Insane asylums Bombay 1873-77 - 1873-1877
Year: 1873
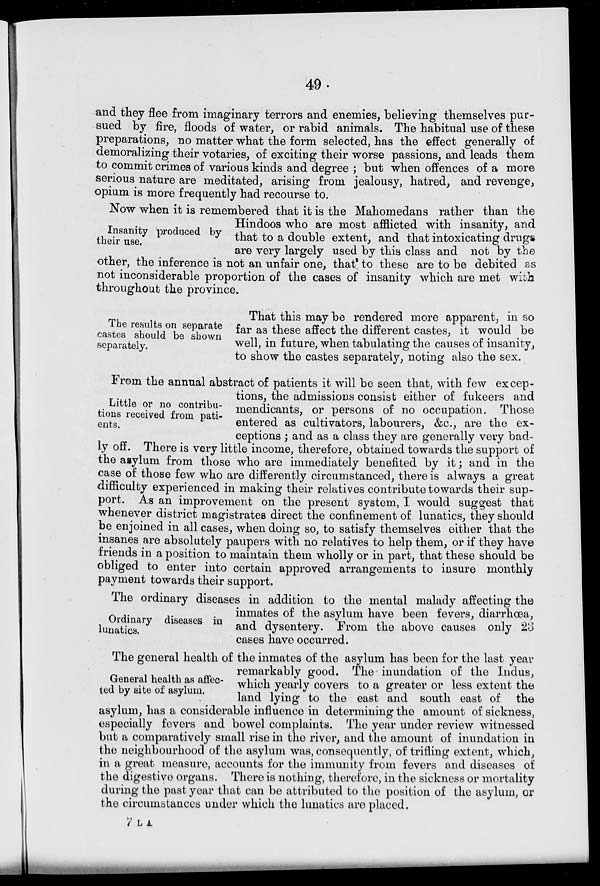
49
and they flee from imaginary terrors and enemies, believing themselves pur-
sued by fire, floods of water, or rabid animals. The habitual use of these
preparations, no matter what the form selected, has the effect generally of
demoralizing their votaries, of exciting their worse passions, and leads them
to commit crimes of various kinds and degree; but when offences of a more
serious nature are meditated, arising from jealousy, hatred, and revenge,
opium is more frequently had recourse to.
Insanity produced by
their use.
Now when it is remembered that it is the Mahomedans rather than the
Hindoos who are most afflicted with insanity, and
that to a double extent, and that intoxicating drugs
are very largely used by this class and not by the
other, the inference is not an unfair one, that to these are to be debited as
not inconsiderable proportion of the cases of insanity which are met with
throughout the province.
The results on separate
castes should be shown
separately.
That this may be rendered more apparent, in so
far as these affect the different castes, it would be
well, in future, when tabulating the causes of insanity,
to show the castes separately, noting also the sex.
Little or no contribu-
tions received from pati-
ents.
From the annual abstract of patients it will be seen that, with few excep-
tions, the admissions consist either of fukeers and
mendicants, or persons of no occupation. Those
entered as cultivators, labourers, &c., are the ex-
ceptions; and as a class they are generally very bad-
ly off. There is very little income, therefore, obtained towards the support of
the asylum from those who are immediately benefited by it; and in the
case of those few who are differently circumstanced, there is always a great
difficulty experienced in making their relatives contribute towards their sup-
port. As an improvement on the present system, I would suggest that
whenever district magistrates direct the confinement of lunatics, they should
be enjoined in all cases, when doing so, to satisfy themselves either that the
insanes are absolutely paupers with no relatives to help them, or if they have
friends in a position to maintain them wholly or in part, that these should be
obliged to enter into certain approved arrangements to insure monthly
payment towards their support.
Ordinary diseases in
lunatics.
The ordinary diseases in addition to the mental malady affecting the
inmates of the asylum have been fevers, diarrhœa,
and dysentery. From the above causes only 23
cases have occurred.
General health as affec-
ted by site of asylum.
The general health of the inmates of the asylum has been for the last year
remarkably good. The inundation of the Indus,
which yearly covers to a greater or less extent the
land lying to the east and south east of the
asylum, has a considerable influence in determining the amount of sickness,
especially fevers and bowel complaints. The year under review witnessed
but a comparatively small rise in the river, and the amount of inundation in
the neighbourhood of the asylum was, consequently, of trifling extent, which,
in a great measure, accounts for the immunity from fevers and diseases of
the digestive organs. There is nothing, therefore, in the sickness or mortality
during the past year that can be attributed to the position of the asylum, or
the circumstances under which the lunatics are placed.
7 L A